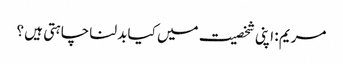
مریم : اپنی شخصیت میں کیا بدلنا چاہتی ہیں ؟